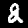
Label: 2